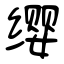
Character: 缨